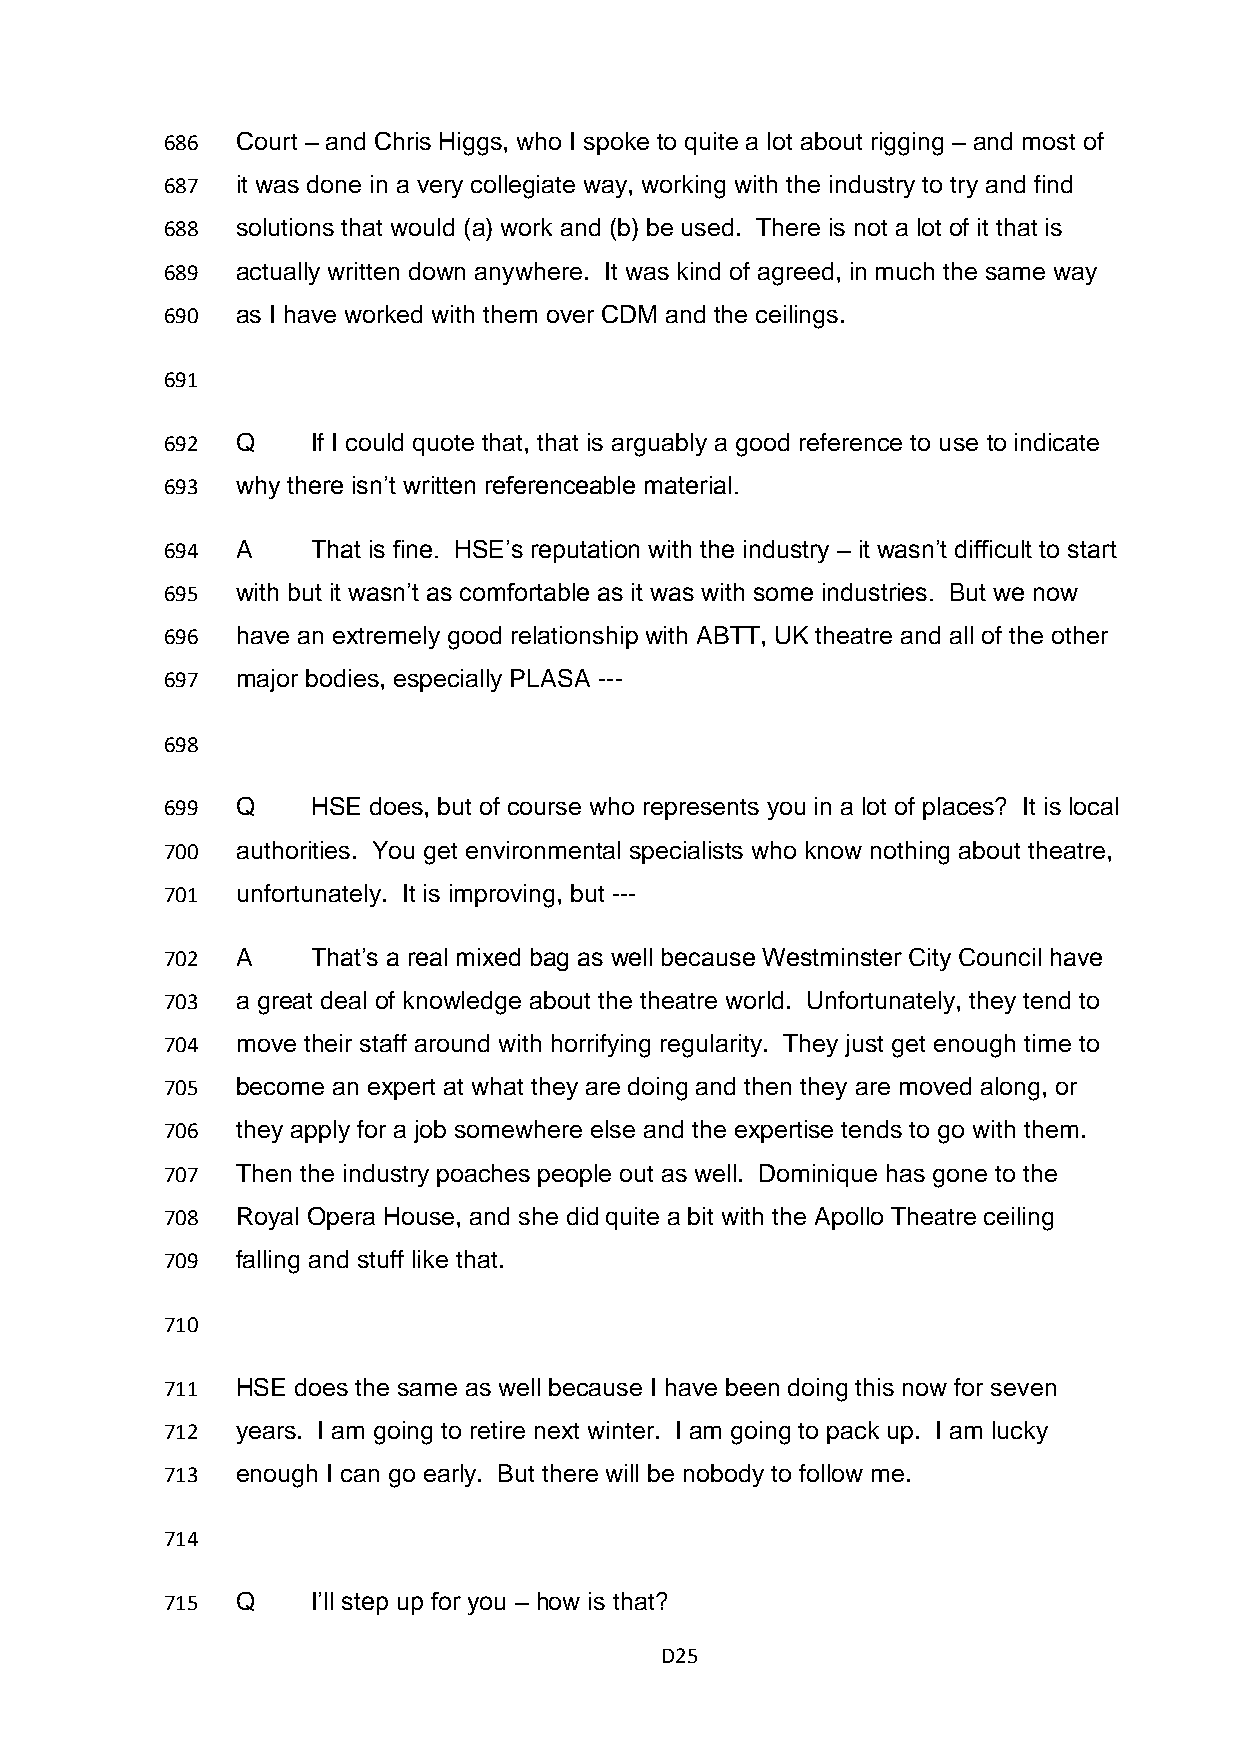
686  Court – and Chris Higgs, who I spoke to quite a lot about rigging – and most of
 687  it was done in a very collegiate way, working with the industry to try and find
 688  solutions that would (a) work and (b) be used. There is not a lot of it that is
 689  actually written down anywhere. It was kind of agreed, in much the same way
 690  as I have worked with them over CDM and the ceilings.
 691
 692  Q    If I could quote that, that is arguably a good reference to use to indicate
 693  why there isn’t written referenceable material.
 694  A    That is fine. HSE’s reputation with the industry – it wasn’t difficult to start
 695  with but it wasn’t as comfortable as it was with some industries. But we now
 696  have an extremely good relationship with ABTT, UK theatre and all of the other
 697  major bodies, especially PLASA ---
 698
 699  Q    HSE does, but of course who represents you in a lot of places? It is local
 700  authorities. You get environmental specialists who know nothing about theatre,
 701  unfortunately. It is improving, but ---
 702  A    That’s a real mixed bag as well because Westminster City Council have
 703  a great deal of knowledge about the theatre world. Unfortunately, they tend to
 704  move their staff around with horrifying regularity. They just get enough time to
 705  become an expert at what they are doing and then they are moved along, or
 706  they apply for a job somewhere else and the expertise tends to go with them.
 707  Then the industry poaches people out as well. Dominique has gone to the
 708  Royal Opera House, and she did quite a bit with the Apollo Theatre ceiling
 709  falling and stuff like that.
 710
 711  HSE does the same as well because I have been doing this now for seven
 712  years. I am going to retire next winter. I am going to pack up. I am lucky
 713  enough I can go early. But there will be nobody to follow me.
 714
 715  Q    I’ll step up for you – how is that?
 D25